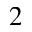
_ 2